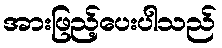
အားဖြည့်ပေးပါသည်